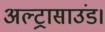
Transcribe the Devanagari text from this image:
अल्ट्रासाउंड।